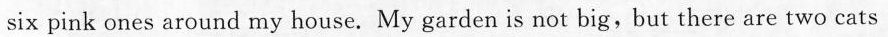
six pink ones around my house. My garden is not big,but there are two cats